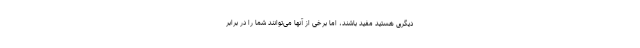
دیگری هستید مفید باشند، اما برخی از آنها می‌توانند شما را در برابر